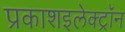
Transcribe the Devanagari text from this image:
प्रकाशइलेक्ट्रॉन